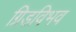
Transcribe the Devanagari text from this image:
ग्रिडविभव